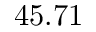
4 5 . 7 1